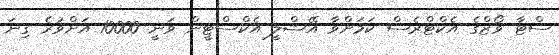
ސްޓާ ވޯޒްގެ އެކްޓްރެސް ކަމަށްވާ އޭޝްލީ އެކްސްޓީން ވަނީ 10000 އަށްވުރެ ގިނަ